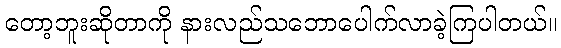
တော့ဘူးဆိုတာကို နားလည်သဘောပေါက်လာခဲ့ကြပါတယ်။